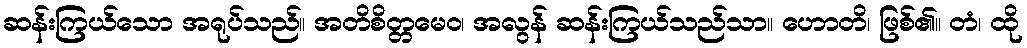
ဆန်းကြယ်သော အရုပ်သည်။ အတိစိတ္တမေဝ၊ အလွန် ဆန်းကြယ်သည်သာ။ ဟောတိ၊ ဖြစ်၏။ တံ၊ ထို